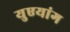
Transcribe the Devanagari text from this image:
युएयांग